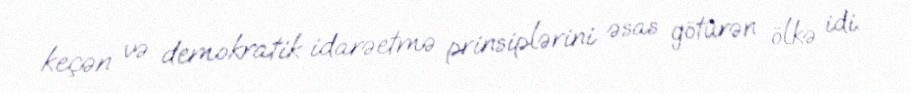
keçən və demokratik idarəetmə prinsiplərini əsas götürən ölkə idi.